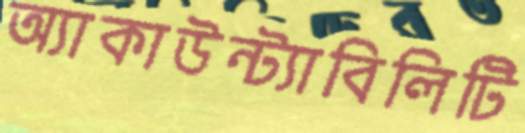
অ্যাকাউন্ট্যাবিলিটি